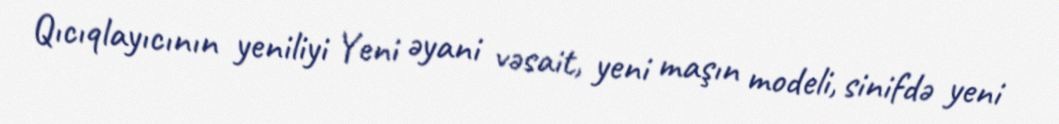
Qıcıqlayıcının yeniliyi Yeni əyani vəsait, yeni maşın modeli, sinifdə yeni